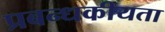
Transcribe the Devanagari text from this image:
प्रबन्धकीयता